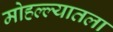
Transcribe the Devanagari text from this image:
मोहल्ल्यातला